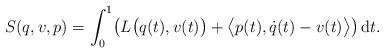
LaTeX: \begin{gather*} S ( q, v , p ) = \int _0 ^1 \bigl( L \bigl( q (t) , v (t) \bigr) + \bigl\langle p (t) , \dot{q} (t) - v (t) \bigr\rangle \bigr) \,\mathrm{d}t .\end{gather*}